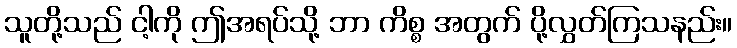
သူတို့သည် ငါ့ကို ဤအရပ်သို့ ဘာ ကိစ္စ အတွက် ပို့လွှတ်ကြသနည်း။